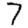
Digit: 7